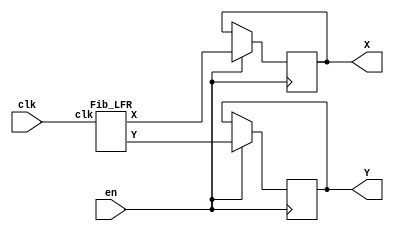

/**
 * X 8bit pseudo-random output
 * Y 7 bit output
 * constant generation, 
 */
module random_coordinate_generator(clk, en, X, Y);
	input clk;
	input en;
	output [7:0] X;
	output [6:0] Y;
	reg [7:0] X;
	reg [6:0] Y;
	wire [7:0] ranX;
	wire [6:0] ranY;
	
	Fib_LFR  Fib_LFR_instance (
		.clk(clk),
		.X(ranX),
		.Y(ranY)
	);
	
	always@(posedge en)
		begin
			X <= en ? ranX:X;
			Y <= en ? ranY:Y;
		end
	
endmodule

/*
 * Fibbonaci Linear Feedback hift regiter with 16 bit
 * X: 8bit output
 * Y: 7bit output
 */
 
 module Fib_LFR(clk, X, Y);
 	input clk;
 	output [7:0] X;
 	output [6:0] Y;
 	reg[15:0] s;
 	
 	assign X=s[14:7];
 	assign Y=s[6:0];
 	
 	initial s = 16'b1011010110100010; //seed value
 	always@(posedge clk)
 	begin
 		s[0]<= s[1]^s[2];
 		s[1]<= s[2]^s[3];
 		s[2]<= s[3]^s[4];
 		s[3]<= s[4]^s[5];
 		s[4]<= s[5]^s[6];
 		s[5]<= s[6]^s[7];
 		s[6]<= s[7]^s[8];
 		s[7]<= s[8]^s[9];
 		s[8]<= s[9]^s[10];
 		s[9]<= s[10]^s[11];
 		s[10]<= s[11]^s[12];
 		s[11]<= s[12]^s[13];
 		s[12]<= s[13]^s[14];
 		s[13]<= s[14]^s[15];
 		s[14]<= s[15]^s[1];
 		s[15]<= s[0]^s[5];
 	end		
 endmodule